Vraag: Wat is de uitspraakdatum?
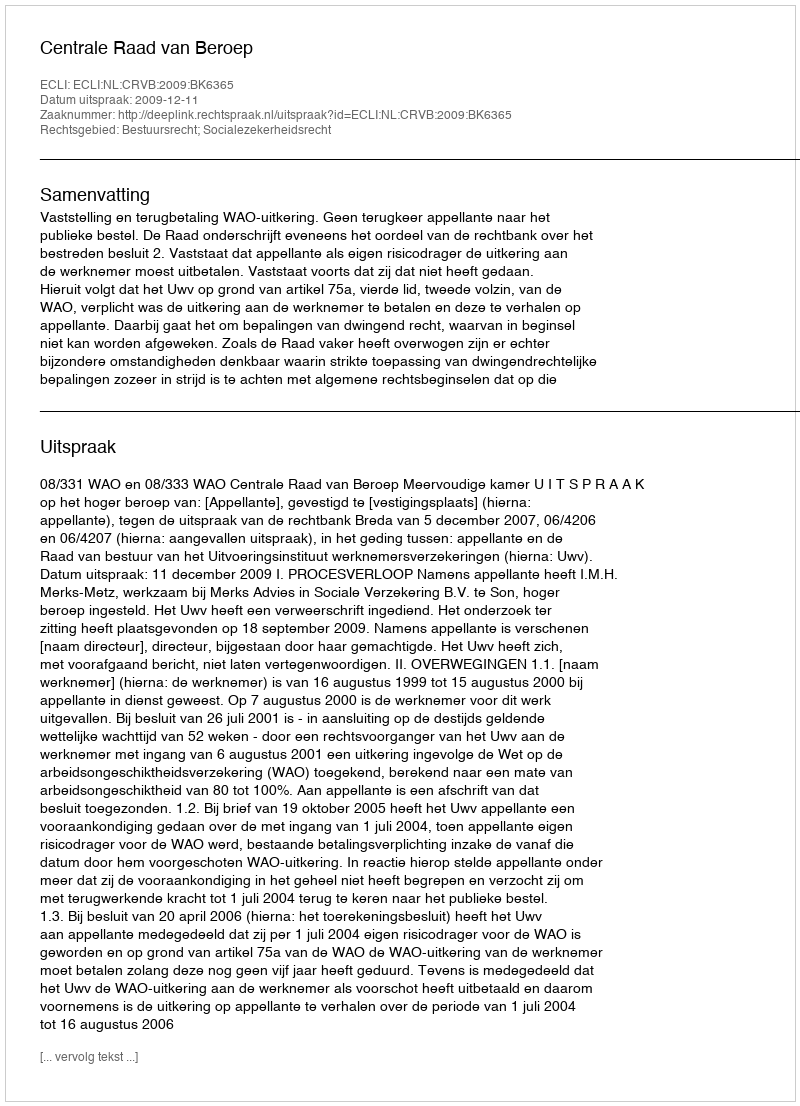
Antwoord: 2009-12-11